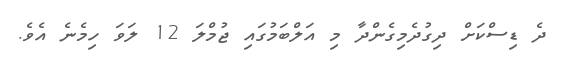
ދެ ޑިސްކަށް ދިގުދެމިގެންދާ މި އަލްބަމުގައި ޖުމްލަ 12 ލަވަ ހިމެނެ އެވެ.